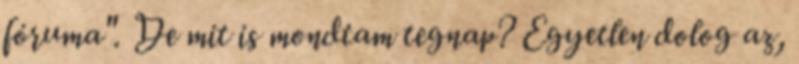
fóruma". De mit is mondtam tegnap? Egyetlen dolog az,